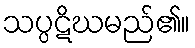
သပ္ပဋိဃမည်၏။